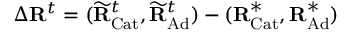
\Delta \mathbf { R } ^ { t } = ( \widetilde { \mathbf { R } } _ { \mathrm { C a t } } ^ { t } , \widetilde { \mathbf { R } } _ { \mathrm { A d } } ^ { t } ) - ( \mathbf { R } _ { \mathrm { C a t } } ^ { * } , \mathbf { R } _ { \mathrm { A d } } ^ { * } )